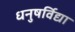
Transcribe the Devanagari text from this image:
धनुषर्विद्या